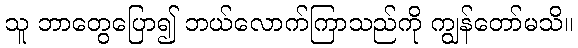
သူ ဘာတွေပြော၍ ဘယ်လောက်ကြာသည်ကို ကျွန်တော်မသိ။